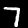
Digit: 7